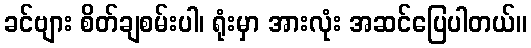
ခင်ဗျား စိတ်ချစမ်းပါ၊ ရုံးမှာ အားလုံး အဆင်ပြေပါတယ်။